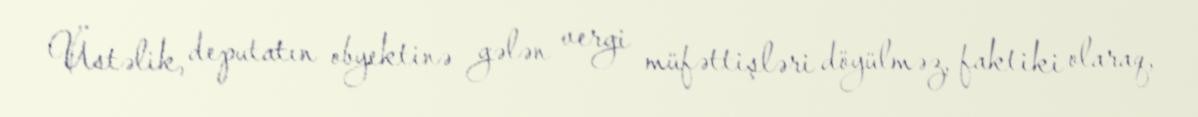
Üstəlik, deputatın obyektinə gələn vergi müfəttişləri döyülməz, faktiki olaraq,